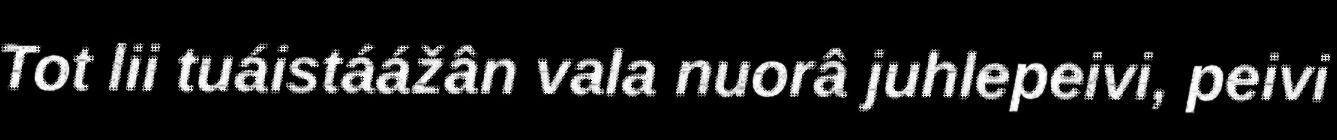
Tot lii tuáistáážân vala nuorâ juhlepeivi, peivi